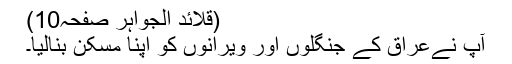
(قلائد الجواہر صفحہ10)
آپ نےعراق کے جنگلوں اور ویرانوں کو اپنا مسکن بنالیا۔